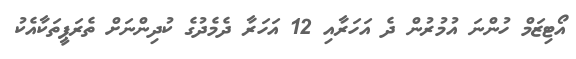
އޯޓިޒަމް ހުންނަ އުމުރުން ދެ އަހަރާއި 12 އަހަރާ ދެމެދުގެ ކުދިންނަށް ތެރަޕީތަކާއެކު